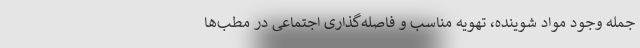
جمله وجود مواد شوینده، تهویه مناسب و فاصله‌گذاری اجتماعی در مطب‌ها